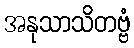
အနုသာသိတဗ္ဗံ